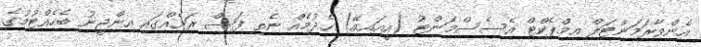
އެންވާރަމަންޓަލް އިމްޕެކްޓް އެސެސްމަންޓު (އީއައިއޭ) ހެދުމެއް ނެތި ފަސް ރަށެއްގައި އިންޖީނު ބެހެއްޓުމުގެ